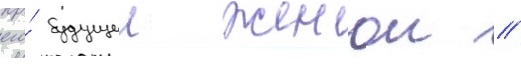
его́ будущеи женои //